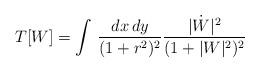
LaTeX: \begin{align*}T[W] = \int\, \frac{dx\, dy}{(1+r^{2})^{2}}\frac{|\dot{W}|^{2}}{(1+|W|^{2})^{2}}\end{align*}